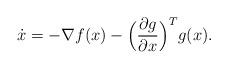
LaTeX: \begin{align*} \dot{x} = - \nabla f(x) - \Big( \frac{\partial g}{\partial x} \Big)^Tg(x). \end{align*}